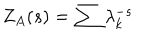
LaTeX: Z _ { A } ( s ) = \sum \lambda _ { k } ^ { - s }